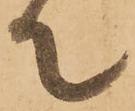
て